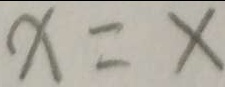
x = x